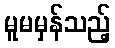
မူမမှန်သည့်